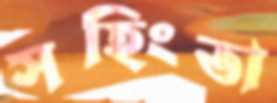
সহিংতা